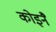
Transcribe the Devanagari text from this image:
कोइनै